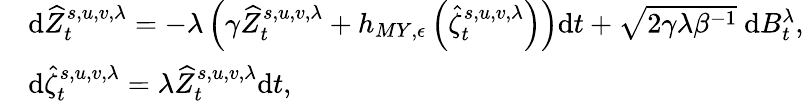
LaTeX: \begin{array}{rl}&{\mathrm{d}\widehat{Z}_{t}^{s,u,v,\lambda}=-\lambda\left(\gamma\widehat{Z}_{t}^{s,u,v,\lambda}+h_{MY,\epsilon}\left(\widehat{\zeta}_{t}^{s,u,v,\lambda}\right)\right)\mathrm{d}t+\sqrt{2\gamma\lambda\beta^{-1}}\mathrm{~d}B_{t}^{\lambda},}\\ &{\mathrm{d}\widehat{\zeta}_{t}^{s,u,v,\lambda}=\lambda\widehat{Z}_{t}^{s,u,v,\lambda}\mathrm{d}t,}\end{array}